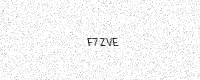
Text: F7ZVE